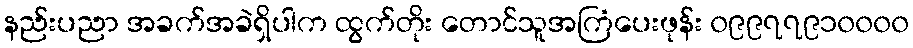
နည်းပညာ အခက်အခဲရှိပါက ထွက်တိုး တောင်သူအကြံပေးဖုန်း ၀၉၉၇၇၉၁၀၀၀၀